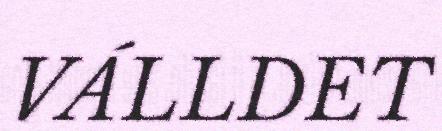
VÁLLDET